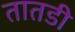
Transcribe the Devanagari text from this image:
तातडी